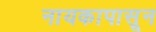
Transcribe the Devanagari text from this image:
नायकापासून